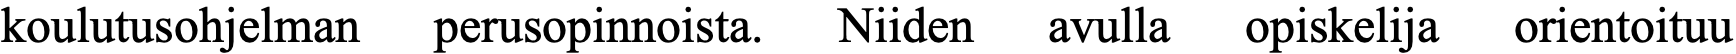
koulutusohjelman perusopinnoista. Niiden avulla opiskelija orientoituu